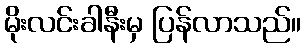
မိုးလင်းခါနီးမှ ပြန်လာသည်။